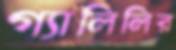
গ্যালিলির